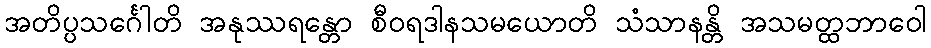
အတိပ္ပသင်္ဂေါတိ အနုဿရန္တော စီဝရဒါနသမယောတိ သံသာနန္တိ အသမတ္ထဘာဝေါ